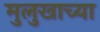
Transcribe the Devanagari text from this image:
मुलुखाच्या